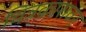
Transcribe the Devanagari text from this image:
चित्रकारावर